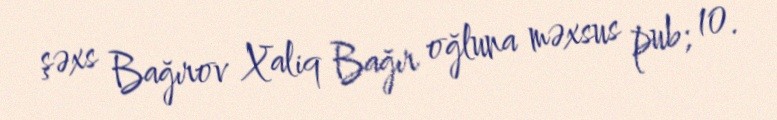
şəxs Bağırov Xaliq Bağır oğluna məxsus pub; 10.